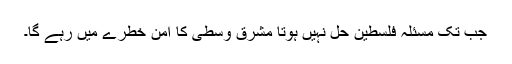
جب تک مسئلہ فلسطین حل نہیں ہوتا مشرق وسطیٰ کا امن خطرے میں رہے گا۔